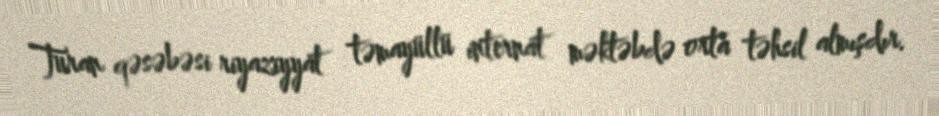
Turan qəsəbəsi riyaziyyat təmayüllü internat məktəbdə orta təhsil almışdır.